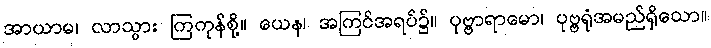
အာယာမ၊ လာသွား ကြကုန်စို့။ ယေန၊ အကြင်အရပ်၌။ ပုဗ္ဗာရာမော၊ ပုဗ္ဗရုံအမည်ရှိသော။